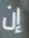
إن